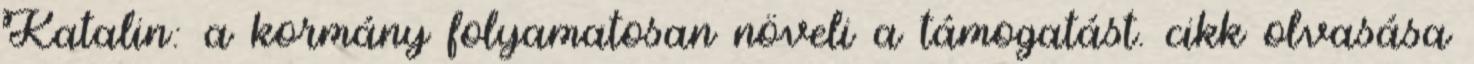
Katalin: a kormány folyamatosan növeli a támogatást. cikk olvasása